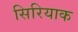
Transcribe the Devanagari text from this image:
सिरियाक